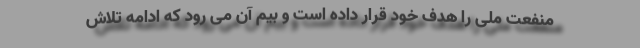
منفعت ملی را هدف خود قرار داده است و بیم آن می رود که ادامه تلاش